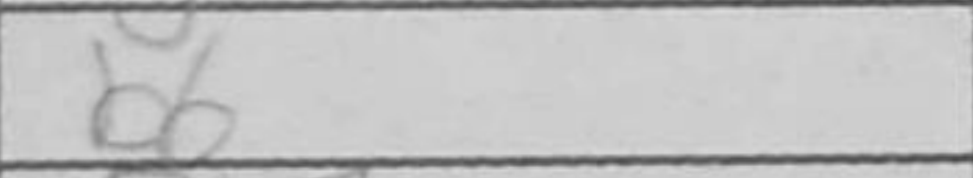
Transcription: b6